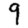
Digit: 9